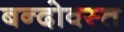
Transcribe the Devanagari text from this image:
बन्दोवस्त